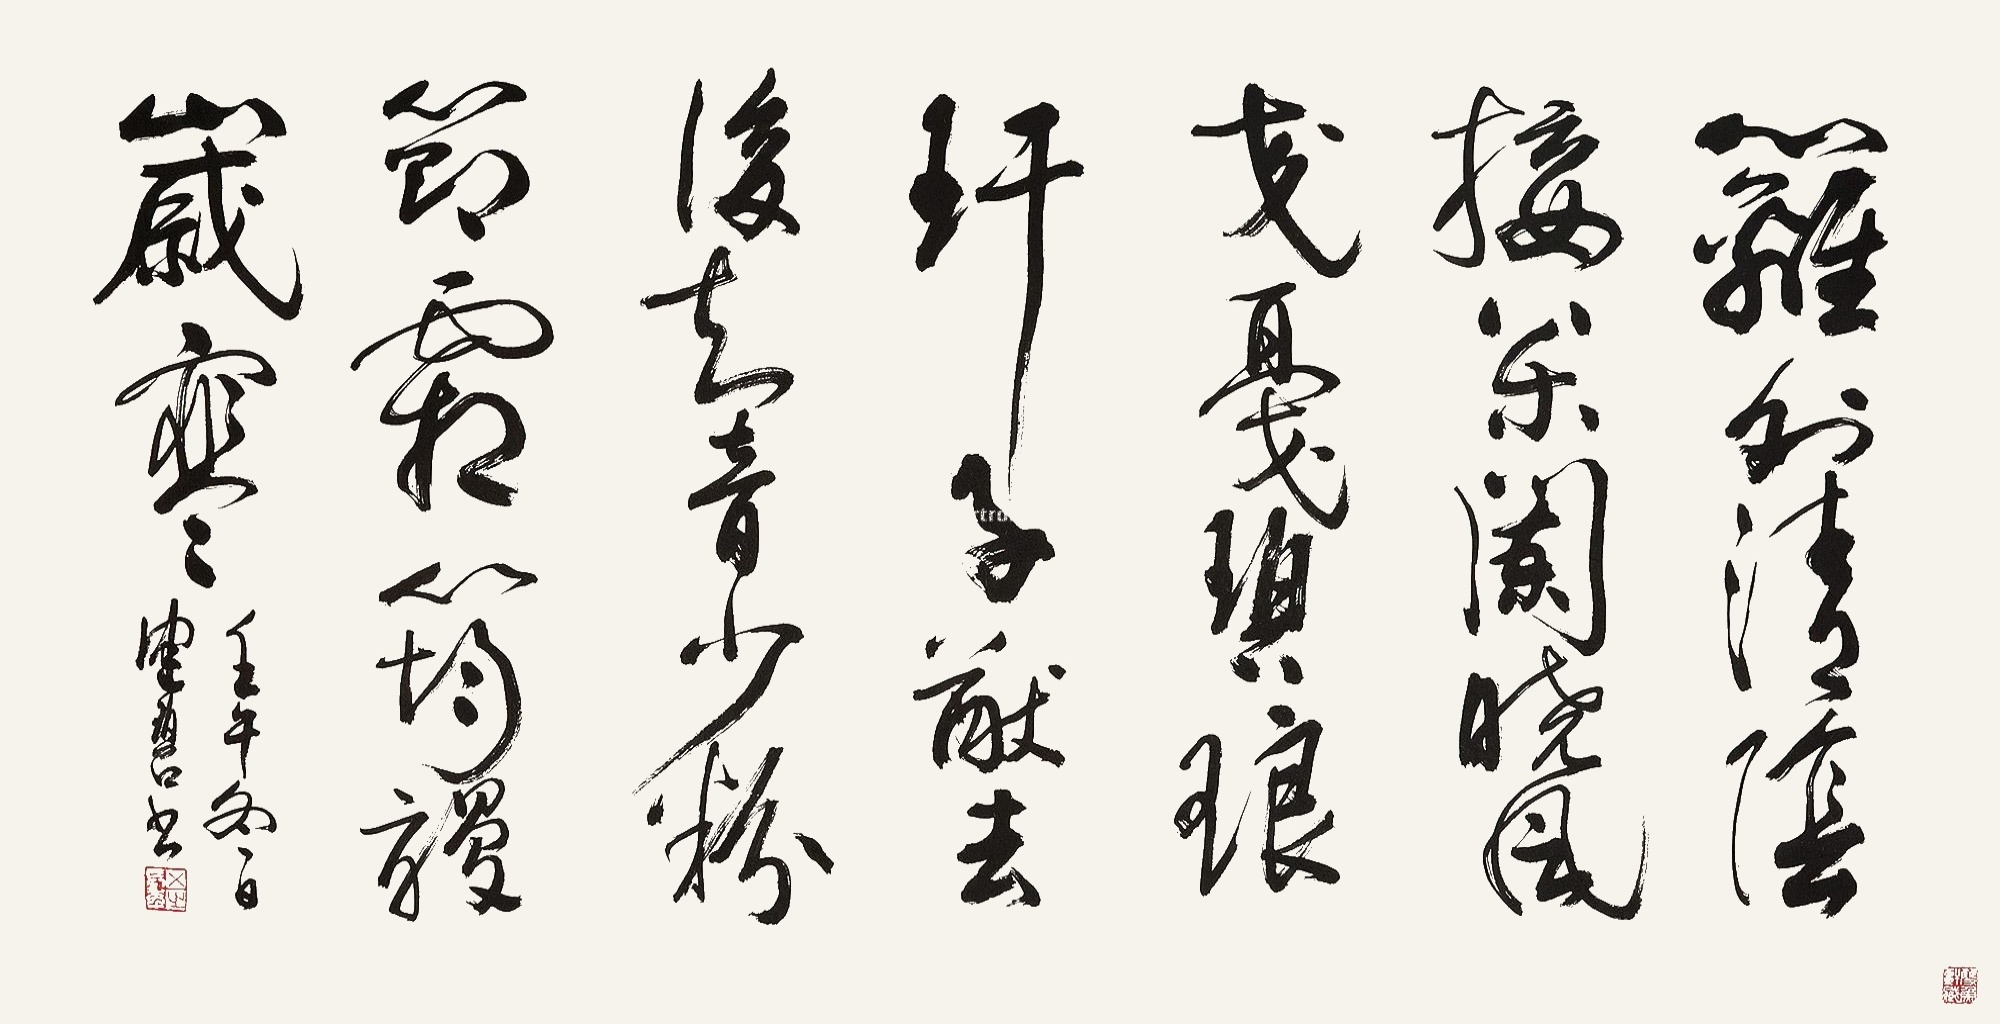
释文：篱外清阴接药栏，晓风交戛碧琅玕。子猷没后知音少，粉节霜筠漫岁寒。壬午冬日，健碧书。